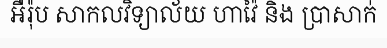
អឺរ៉ុប សាកលវិទ្យាល័យ ហាវ៉ៃ និង ប្រាសាក់